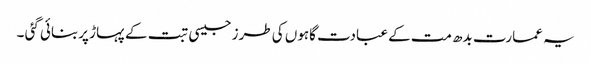
یہ عمارت بدھ مت کے عبادت گاہوں کی طرز جیسی تبت کے پہاڑ پربنائی گئی ۔